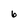
Character: 6